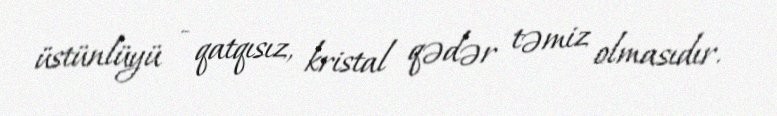
üstünlüyü - qatqısız, kristal qədər təmiz olmasıdır.